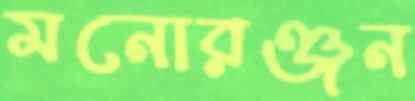
মনোরঞ্জন